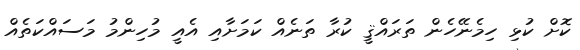
ކޮށް ކުޅި ހިމެނޭހެން ތަރައްޤީ ކުރާ ތަނެއް ކަމަށާއި އެއީ މުހިންމު މަސައްކަތެއް